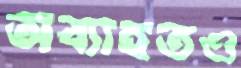
অব্যাহতও